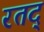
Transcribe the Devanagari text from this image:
रतद्